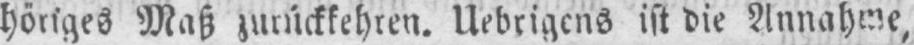
höriges Maß zurückkehren. Uebrigens ist die Annahme,